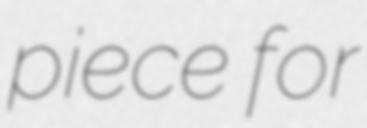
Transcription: piece for